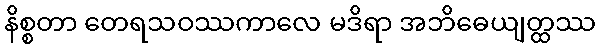
နိစ္စတာ တေရသဝဿကာလေ မဒိရာ အဘိဓေယျတ္ထဿ